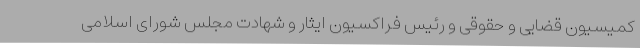
کمیسیون قضایی و حقوقی و رئیس فراکسیون ایثار و شهادت مجلس شورای اسلامی